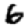
Digit: 6